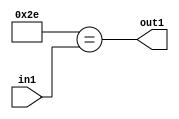
`timescale 1ps / 1ps
/*****************************************************************************
    Verilog RTL Description
    
    
    Created by: Stratus DpOpt 21.05.01 
*******************************************************************************/

module dut_Equal_1U_59_1 (
	in1,
	out1
	); /* architecture "behavioural" */ 
input [5:0] in1;
output  out1;
wire  asc001;

assign asc001 = (11'B00000101110==in1);

assign out1 = asc001;
endmodule

/* CADENCE  urb5SwE= : u9/ySxbfrwZIxEzHVQQV8Q== ** DO NOT EDIT THIS LINE ******/